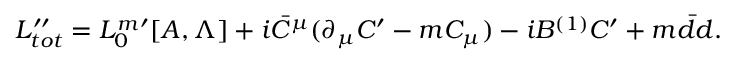
{ \cal L } _ { t o t } ^ { \prime \prime } = { \cal L } _ { 0 } ^ { m } { } ^ { \prime } [ A , \Lambda ] + i \bar { C } ^ { \mu } ( \partial _ { \mu } C ^ { \prime } - m C _ { \mu } ) - i B ^ { ( 1 ) } C ^ { \prime } + m \bar { d } d .